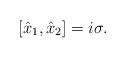
LaTeX: \begin{align*}[\hat{x}_1,\hat{x}_2]=i\sigma. \end{align*}